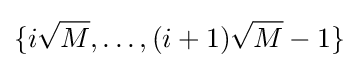
\{i{\sqrt {M}},\ldots ,(i+1){\sqrt {M}}-1\}